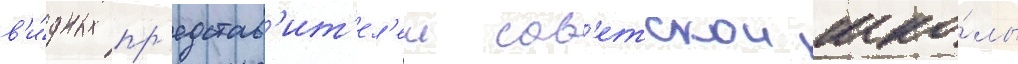
в'и́дных пр'едстав'ит'ел'еи сов'етскои шко́лы